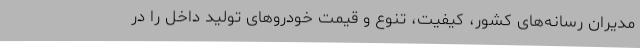
مدیران رسانه‌های کشور، کیفیت، تنوع و قیمت خودروهای تولید داخل را در